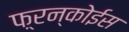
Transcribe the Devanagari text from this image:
फ़्रन्कोईस